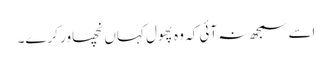
اسے سمجھ نہ آئی کہ وہ پھول کہاں نچھاور کرے۔